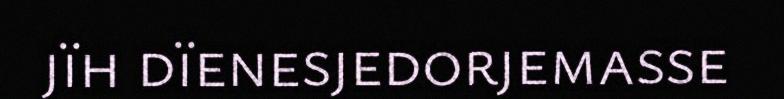
jïh dïenesjedorjemasse